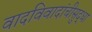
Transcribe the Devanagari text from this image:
वादविवादांचीसुद्धा